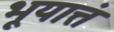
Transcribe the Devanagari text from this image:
भूयात्तं